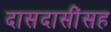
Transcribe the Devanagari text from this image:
दासदासींसह